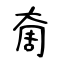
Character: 奝